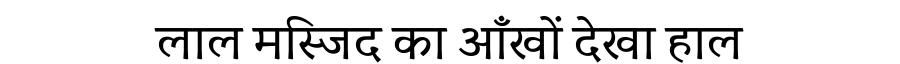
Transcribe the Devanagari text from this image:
लाल मस्जिद का आँखों देखा हाल